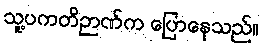
သူ့ပကတိဉာဏ်က ပြောနေသည်။